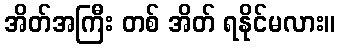
အိတ်အကြီး တစ် အိတ် ရနိုင်မလား။